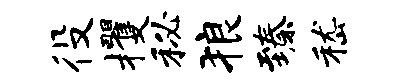
役攫秘狼臻嵇